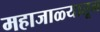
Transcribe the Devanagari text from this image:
महाजाळ्यातून